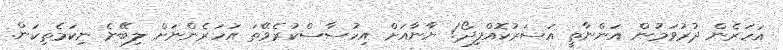
އަހަރެން ދުރުވަމުން އަންނާތީ އަސަރުކޮއްފިދޯ! ޔާނާއަށް އިހުސާސްކުރެވޭތަ އަހަރެންނަށް ލިބޭނެ ނިކަމެތިކަން.